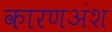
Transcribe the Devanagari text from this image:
कारणअंश